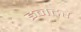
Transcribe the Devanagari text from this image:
इनटर